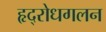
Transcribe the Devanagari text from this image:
हृद्‌रोधगलन